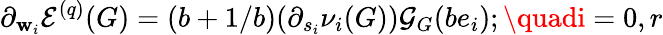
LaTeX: \partial_{\mathbf{w}_{i}}\mathcal{{E}}^{(q)}(G)=(b+1/b)(\partial_{s_{i}}\nu_{i}(G))\mathcal{{G}}_{G}(be_{i});\quadi=0,r